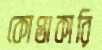
কোপ্তাকারি